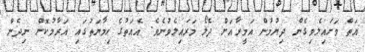
އަތް ވަށައިލެވިގެން ދިޔުމުން އަމީރާއަށް ދެލޯ މަރައިލެވުނެވެ. އެއަތުގެ ހިމާޔަތުގައި އަރާމުކޮށް ނިދެން